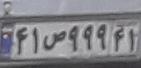
۴۱ص۹۹۹۴۱